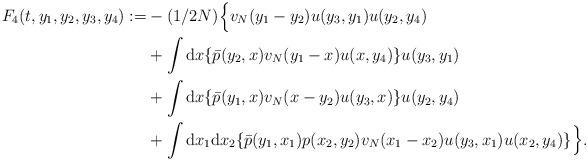
LaTeX: \begin{align*}F_4(t,y_1,y_2,y_3,y_4):=&-(1/2N)\Big\{v_N(y_1-y_2)u(y_3,y_1)u(y_2,y_4)\\&+\int \mathrm{d}x \{\bar p(y_2,x)v_N(y_1-x)u(x,y_4)\}u(y_3,y_1)\\&+\int \mathrm{d}x \{\bar p(y_1,x)v_N(x-y_2)u(y_3,x)\}u(y_2,y_4)\\&+\int\mathrm{d}x_1\mathrm{d}x_2 \{\bar p(y_1,x_1)p(x_2,y_2)v_N(x_1-x_2)u(y_3,x_1)u(x_2,y_4)\}\Big\}.\end{align*}